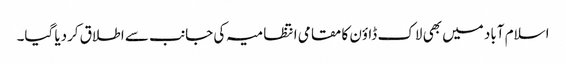
اسلام آباد میں بھی لاک ڈاؤن کا مقامی انتظامیہ کی جانب سے اطلاق کردیا گیا۔